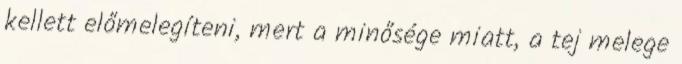
kellett előmelegíteni, mert a minősége miatt, a tej melege